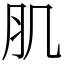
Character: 肌